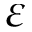
\varepsilon